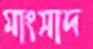
মাংসাদ